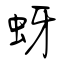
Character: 蚜